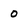
Character: 0